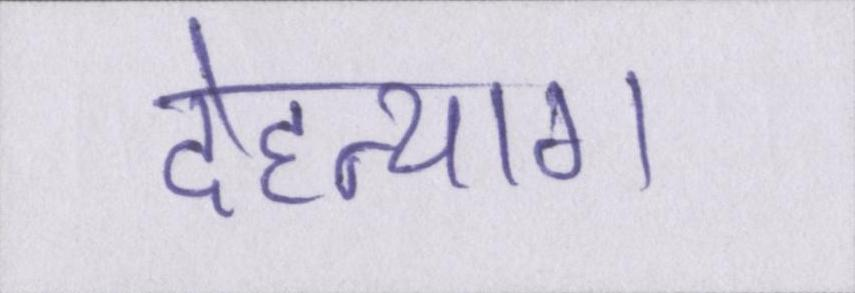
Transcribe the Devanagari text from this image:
देहत्याग